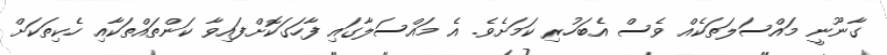
ގާނޫނީ މައްސަލަތަކެއް ވެސް އެބަހުރި ކަމަށެވެ. އެ މައްސަލާގައި ފާހަގަކޮށްފައިވާ ކަންތައްތަކާއި ހެކިތަކަށް